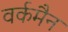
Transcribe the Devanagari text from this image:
वर्कमैन